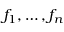
f _ { 1 } , \ldots , f _ { n }